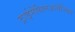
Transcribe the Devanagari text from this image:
ट्राईमेथिलअनोनियम